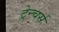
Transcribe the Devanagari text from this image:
ट्रेन्चर्स